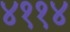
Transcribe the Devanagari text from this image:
४११४